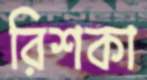
রিশকা